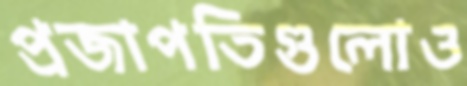
প্রজাপতিগুলোও